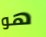
هو